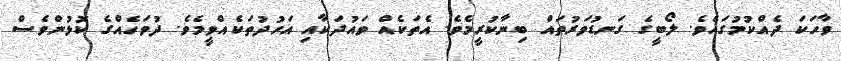
ވާހަަކަ ދެއްކުމުގައެވެ. ލޯބީގެ ގަނޑުވަރުތައް ބިނާކުރީމެވެ. އެތަކެއް ވައުދަކާއި އަހުދުތަކެއްވީމެވެ. ދުވަހެއްގެ ކޮޅުންވެސް